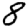
Digit: 8